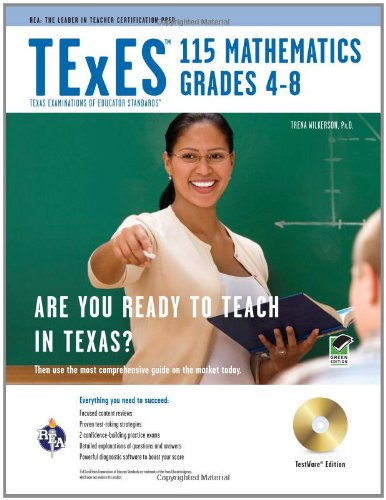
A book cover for TExES 115 Mathematics 4-8 w/CD-ROM (TExES Teacher Certification Test Prep); Trena Wilkerson Ph.D.; Test Preparation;